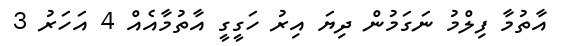
އާތުމާ ފިލްމު ނަގަމުން ދިޔަ އިރު ހަގީގީ އާތުމާއެއް 4 އަހަރު 3